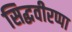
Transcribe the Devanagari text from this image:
सिद्धवीरप्पा